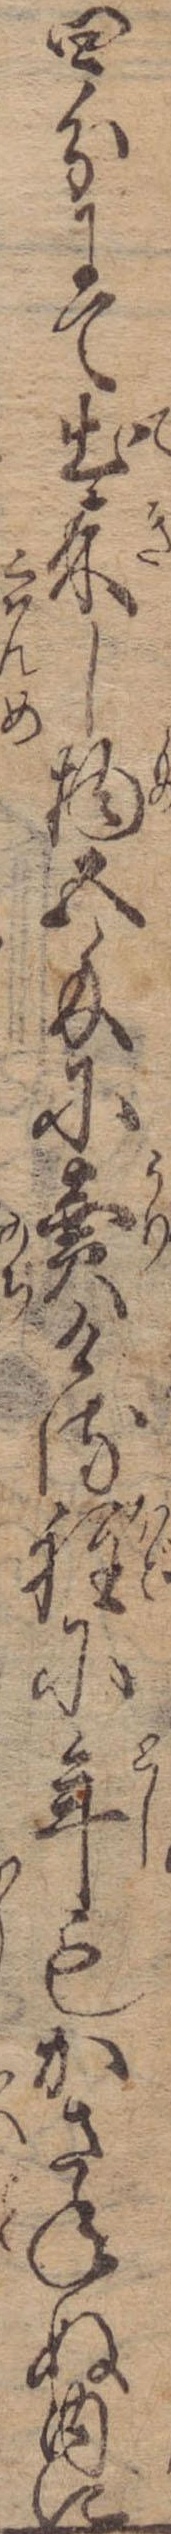
四分にて出来し物五匁に売ける程に年もかさねぬ内に